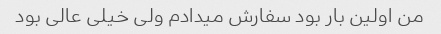
من اولین بار بود سفارش میدادم ولی خیلی عالی بود